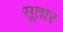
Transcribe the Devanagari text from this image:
सूतार